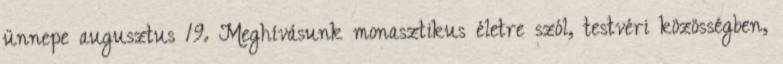
ünnepe augusztus 19. Meghívásunk monasztikus életre szól, testvéri közösségben,